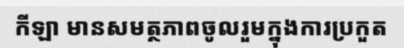
កីឡា មានសមត្ថភាពចូលរួមក្នុងការប្រកួត